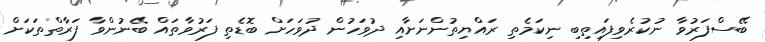
ބޭސްފަރުވާ ނުކުރެވިފައިތިބި ނިކަމެތި ރައްޔިތުންނަށާއި ދުވަހުން ދުވަހަށް ބޮޑެތި ފަރުވާތައް ބޭނުންވާ ފަރާތްތަކަށް